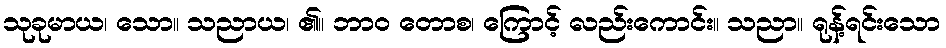
သုခုမာယ၊ သော။ သညာယ၊ ၏။ ဘာဝ တောစ၊ ကြောင့် လည်းကောင်း။ သညာ။ ရုန့်ရင်းသော